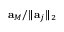
\mathbf { a } _ { M } / \lVert \mathbf { a } _ { j } \rVert _ { 2 }